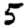
Digit: 5